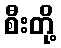
စီးတို့